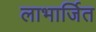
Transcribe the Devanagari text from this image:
लाभार्जित